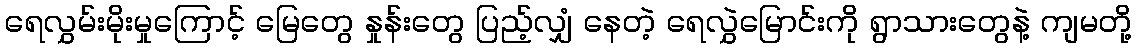
ရေလွှမ်းမိုးမှုကြောင့် မြေတွေ နှုန်းတွေ ပြည့်လျှံ နေတဲ့ ရေလွှဲမြောင်းကို ရွာသားတွေနဲ့ ကျမတို့